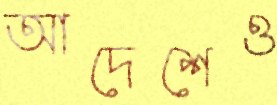
আদেশেও